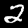
Label: 2